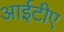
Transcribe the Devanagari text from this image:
आईटीए